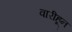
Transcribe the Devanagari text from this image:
वारीहून